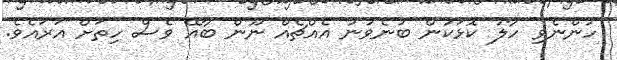
ހުންނެވި ހާލު ކޮޅަކުން ބުނެވުނު އެއްޗެއް ނޫން ބާއޭ ވެސް ހިތަށް އަރައެވެ.